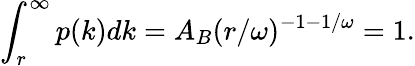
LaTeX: \int_{r}^{\infty}p(k)dk=A_{B}(r/\omega)^{-1-1/\omega}=1.